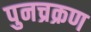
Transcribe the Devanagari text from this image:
पुनच्रक्रण